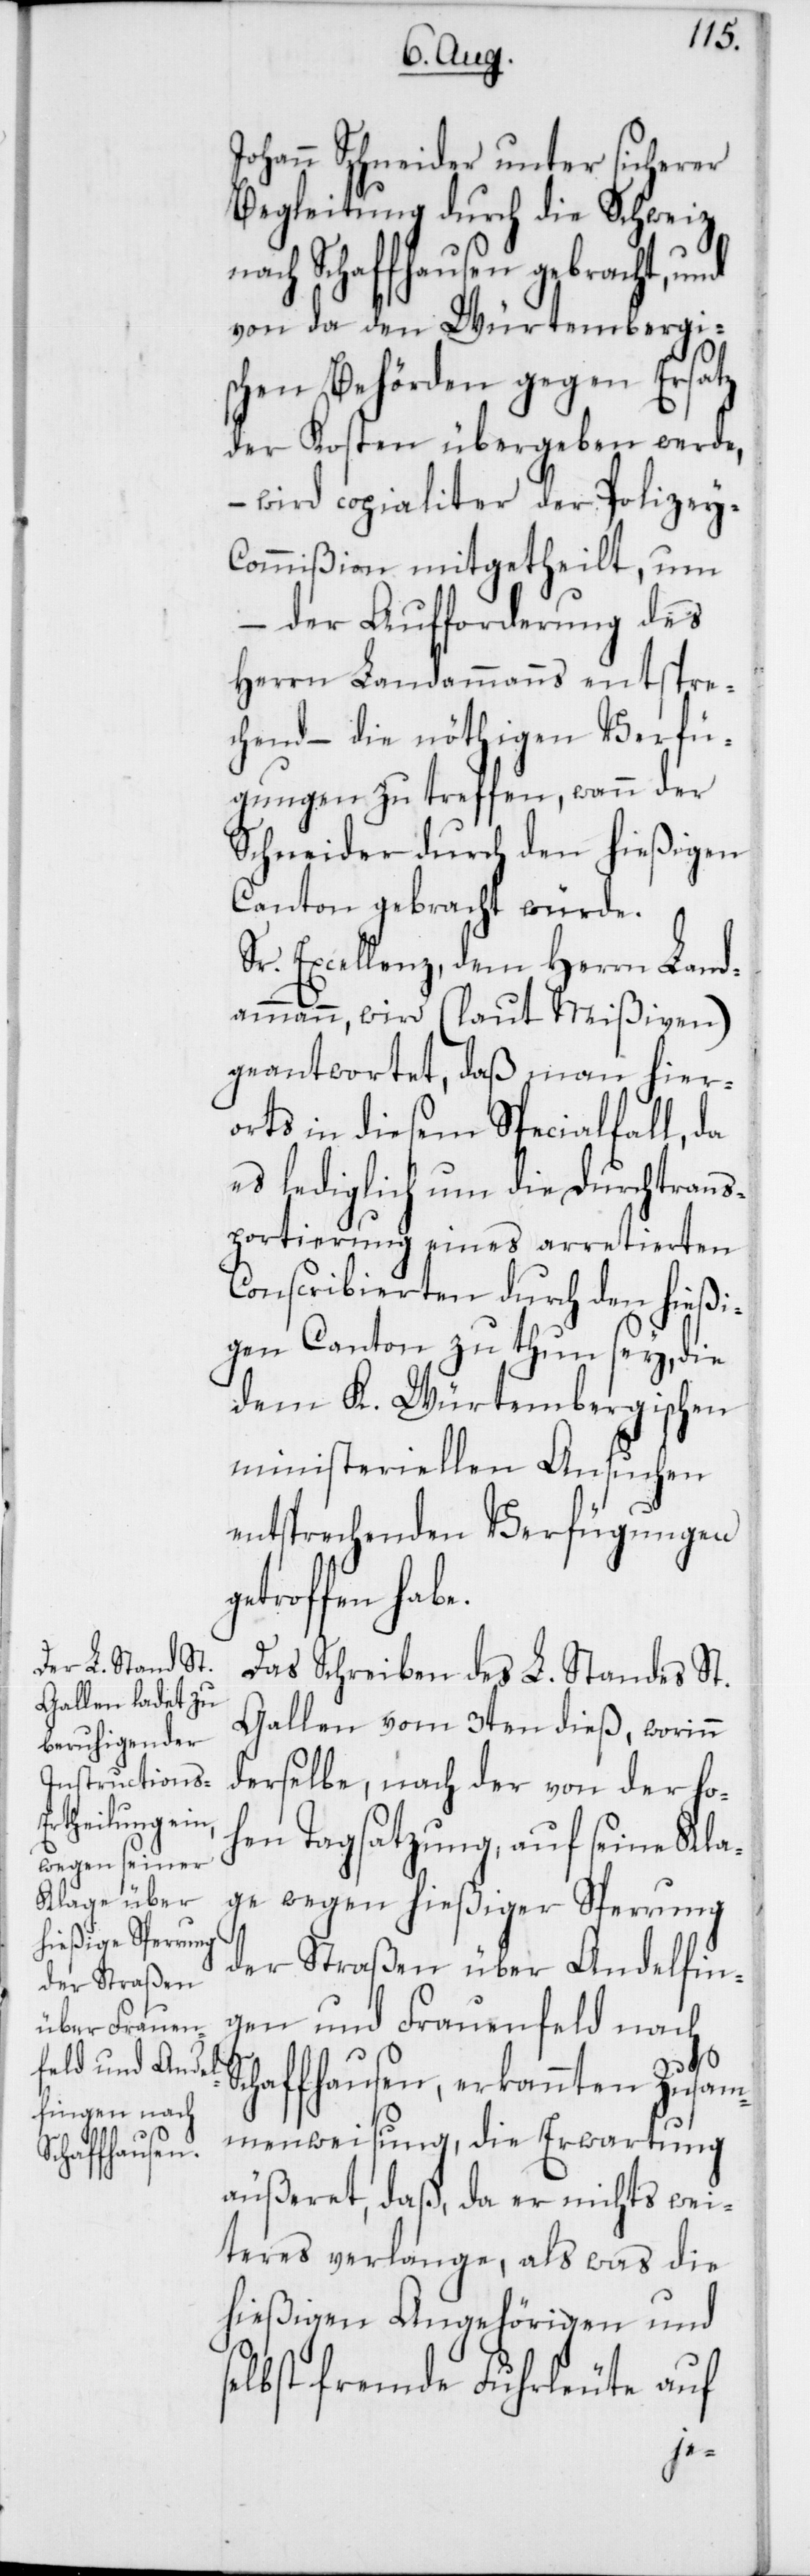
Johann Schneider unter sicherer
Begleitung durch die Schweiz
ach Schaffhausen gebracht,
von da den Würtembergi¬
schen Behörden gegen Ersatz
der Kosten übergeben werde,
– wird copialiter der Polizey-C¬
ommißion mitgetheilt, um
der Aufforderung des
Herrn Landammanns entspre¬
chend – die nöthigen Verfü¬
gungen zu treffen, wann der
Schneider durch den hießigen
Canton gebracht würde.
Sr. Excellenz, dem Herrn Land¬
ammann, wird (laut Mißiven)
geantwortet, daß man hier¬
orts in diesem Spezialfall, da
es lediglich um die Durchtrans¬
portierung eines arretierten
Conscribierten durch den hießi¬
gen Canton zu thun sey, die
dem K.-Würtembergischen
ministeriellen Ansuchen
entsprechenden Verfügungen
troffen hab¬
Das Schreiben des L. Standes St.
Gallen vom 3ten dieß, worin
derselbe, nach der von der ho¬
hen Tagsatzung, auf seine Kla¬
ge wegen hießiger Sperrung
n¬
der Straßen über Andelfin¬
gen und Frauenfeld nach
Schaffhausen, erkannten Zusam¬
menweisung, die Erwartung
äußeret, daß, da er nichts Wei¬
teres verlange, als was die
hießigen Angehörigen und
lbst fremde Fuhrleute auf
se¬